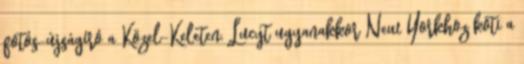
fotós-újságíró a Közel-Keleten, Lucyt ugyanakkor New Yorkhoz köti a